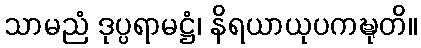
သာမညံ ဒုပ္ပရာမဋ္ဌံ၊ နိရယာယုပကဍ္ဎုတိ။